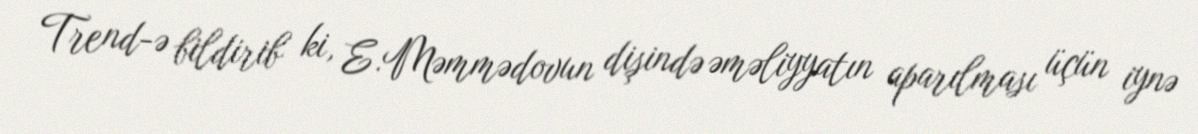
Trend-ə bildirib ki, E.Məmmədovun dişində əməliyyatın aparılması üçün iynə